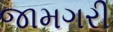
જામગરી